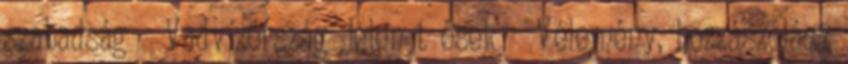
szabadság ← Vadvízország Jelen t ések → Vélemény, hozzászólás?